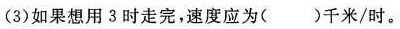
|(3)如果想用3时走完，速度应为( )千米/时。